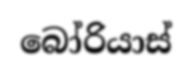
බෝරියාස්